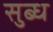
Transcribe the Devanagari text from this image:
सुब्ध